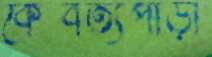
কৈবর্ত্যপাড়া